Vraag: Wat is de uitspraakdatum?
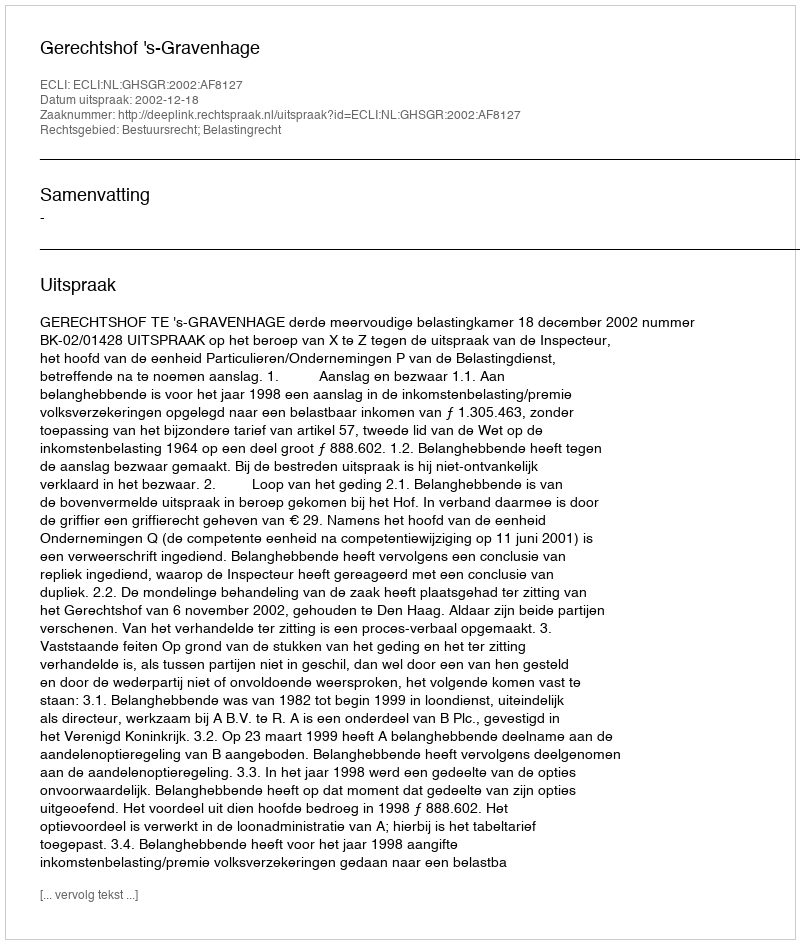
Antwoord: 2002-12-18